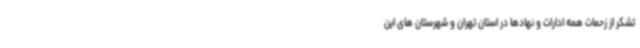
تشکر از زحمات همه ادارات و نهادها در استان تهران و شهرستان های این